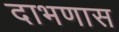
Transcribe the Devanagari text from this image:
दाभणास